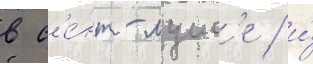
в с'е́нт-луис'е / и́